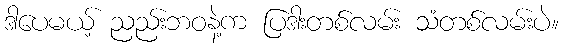
ဒါပေမယ့် ညည်းဘဝနဲ့က ပြဒါးတစ်လမ်း သံတစ်လမ်းပဲ။